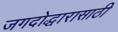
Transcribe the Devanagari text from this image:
जगदोद्धारासाठी